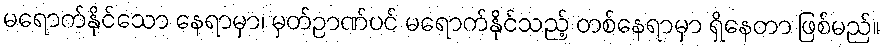
မရောက်နိုင်သော နေရာမှာ၊ မှတ်ဉာဏ်ပင် မရောက်နိုင်သည့် တစ်နေရာမှာ ရှိနေတာ ဖြစ်မည်။